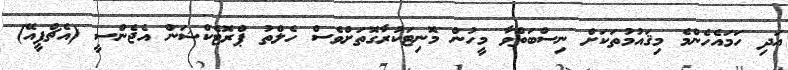
އަދި ހަމައެހެންމެ މިޤައުމުތަކަށް ނިސްބަތްވާ މީހުން މޮނިޓަކުރާގޮތަށްވެސް ހެލްތު ޕްރޮޓެކްޝަން އެޖެންސީ (އެޗްޕީއޭ)